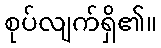
စုပ်လျက်ရှိ၏။